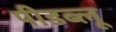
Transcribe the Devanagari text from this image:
पीडब्लू